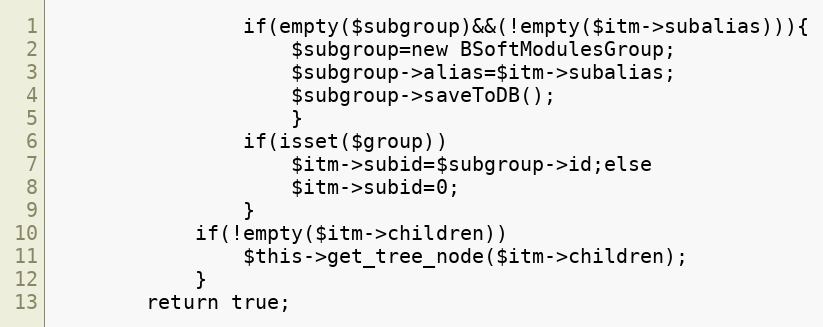
Language: PHP
				if(empty($subgroup)&&(!empty($itm->subalias))){
					$subgroup=new BSoftModulesGroup;
					$subgroup->alias=$itm->subalias;
					$subgroup->saveToDB();
					}
				if(isset($group))
					$itm->subid=$subgroup->id;else
					$itm->subid=0;
				}
			if(!empty($itm->children))
				$this->get_tree_node($itm->children);
			}
		return true;